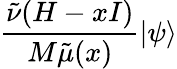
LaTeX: \frac{\tilde{\nu}(H-xI)}{M\tilde{\mu}(x)}\left|\psi\right\rangle